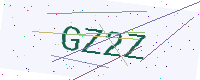
Text: GZ2Z